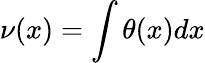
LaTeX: \nu(x)=\int\theta(x)dx